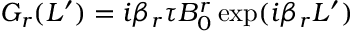
G _ { r } ( L ^ { \prime } ) = i \beta _ { r } \tau B _ { 0 } ^ { r } \exp ( i \beta _ { r } L ^ { \prime } )